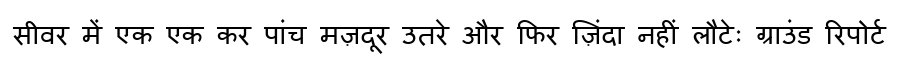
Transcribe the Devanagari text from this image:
सीवर में एक एक कर पांच मज़दूर उतरे और फिर ज़िंदा नहीं लौटेः ग्राउंड रिपोर्ट